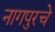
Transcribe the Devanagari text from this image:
नागपुरचे